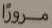
مروراً